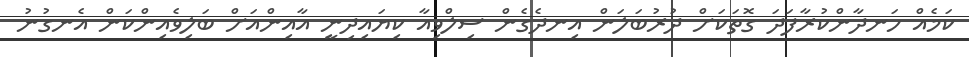
ކަމެއް ހަނދާންކުރާފަދަ ގޮތަކަށް ދުރުބަލަން އިނދެގެން ސިލްވިއާ ކިޔައިދިނީ އާއިންއަށް ބަލިވެއިންކަން އެނގުނު